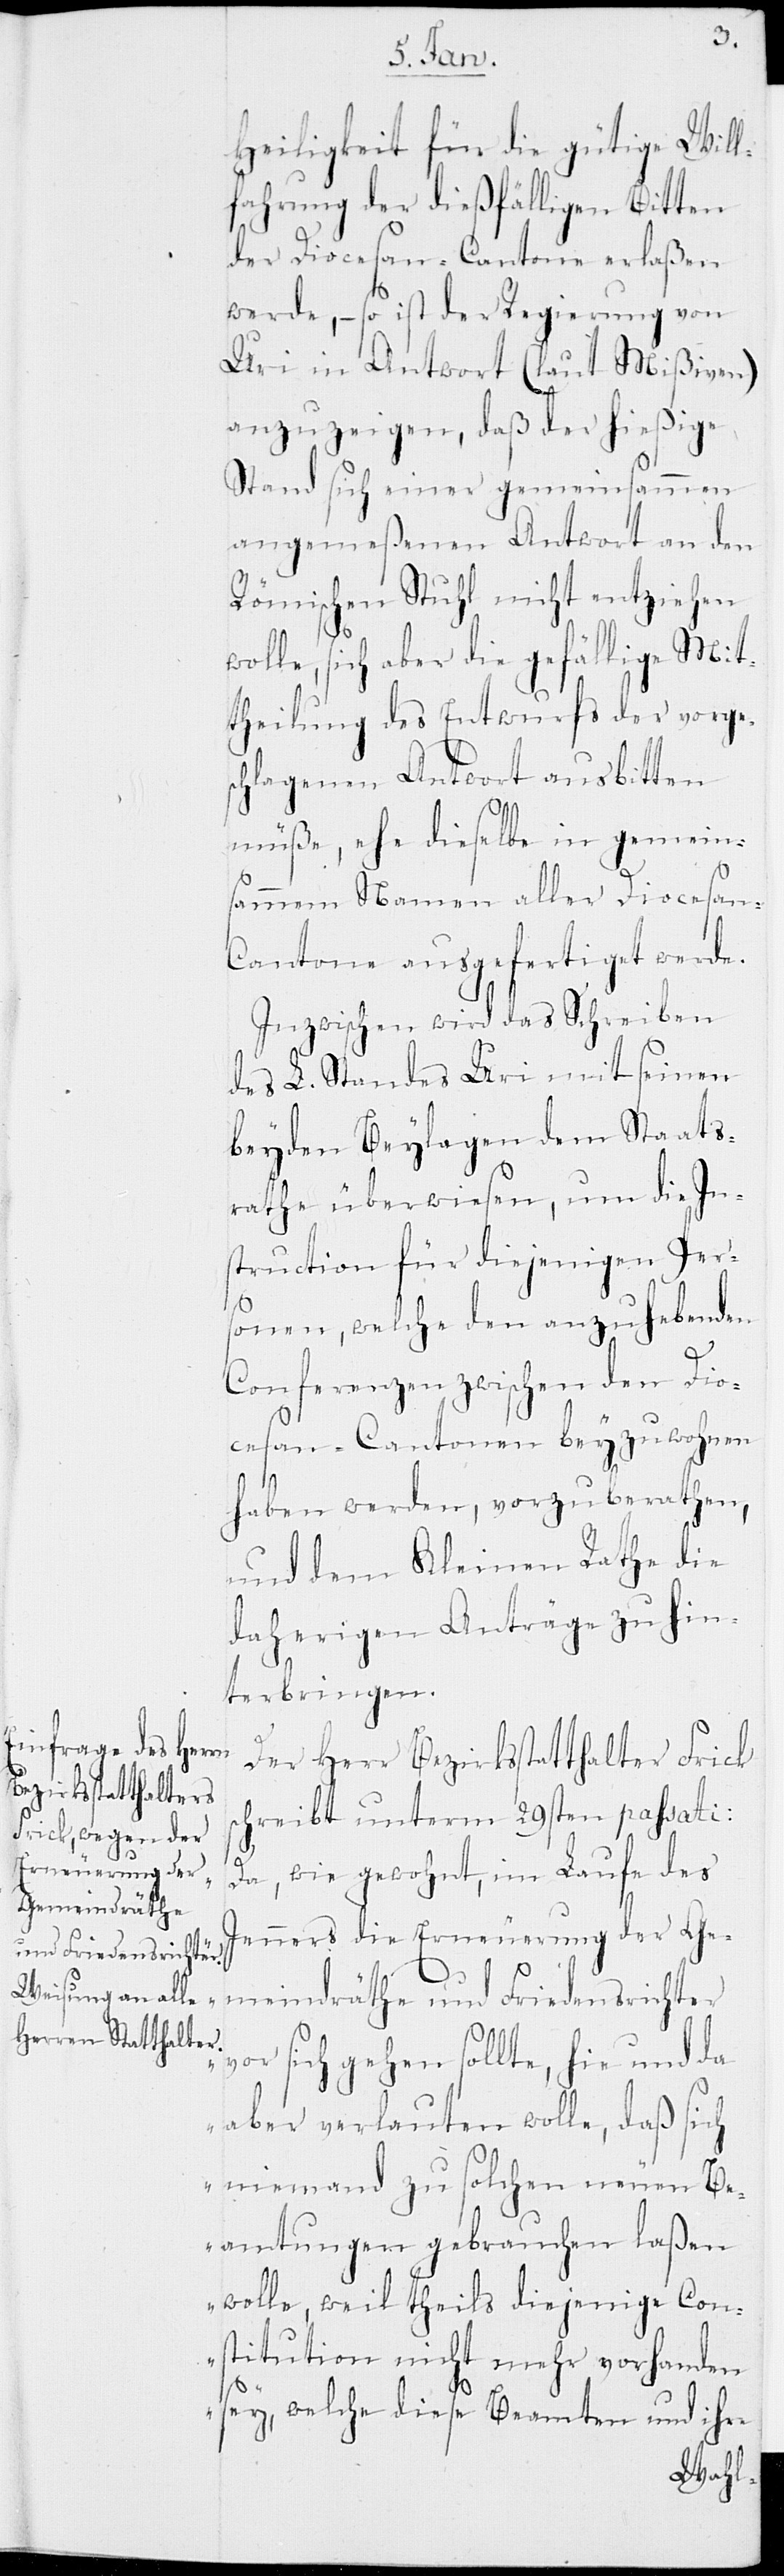
v¬
Heiligkeit für die gütige Will¬
fahrung der dießfälligen Bitten
der Diocesan-Cantone erlaßen
werde, – so ist der Regierung von
Uri in Antwort (laut Mißiven)
anzuzeigen, daß der hießige
Stand sich einer gemeinsammen
angemeßenen Antwort an den
Römischen Stuhl nicht entziehen
wolle, sich aber die gefällige Mit¬
theilung des Entwurfs der vorges¬
chlagenen Antwort ausbitten
müße, ehe dieselbe in gemeins¬
ammem Namen aller Diocesan-C¬
antone ausgefertiget werde.
Inzwischen wird das Schreiben
des L. Standes Uri mit seinen
beyden Beylagen dem Staats¬
rathe überwiesen, um die In¬
struction für diejenigen Pers¬
onen, welche den anzuhebenden
Conferenzen zwischen den Dio¬
cesan-Cantonen beyzuwohnen
haben werden, vorzuberathen,
und dem Kleinen Rathe die
daherigen Anträge zu hin¬
terbringen.
Der Herr Bezirksstatthalter Frick
schreibt unterm 29sten passati:
„Da, wie gewohnt, im Laufe des
Jenners die Erneuerung der Ge¬
meindräthe und Friedensrichter
or sich gehen sollte, hie und da
aber verlauten wolle, daß sich
niemand zu solchen neuen Be¬
amtungen gebrauchen laßen
wolle, weil theils diejenige Con¬
stitution nicht mehr vorhanden
sey, welche diese Beamten und ihre